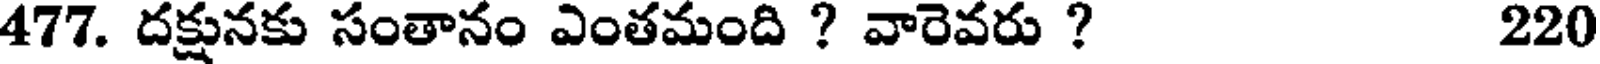
477. దక్షునకు సంతానం ఎంతమంది ? వారెవరు ? 220